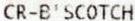
CR-B'SCOTCH